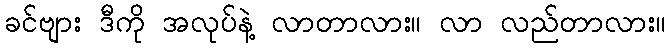
ခင်ဗျား ဒီကို အလုပ်နဲ့ လာတာလား။ လာ လည်တာလား။